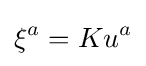
\xi ^{a}=Ku^{a}